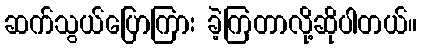
ဆက်သွယ်ပြောကြား ခဲ့ကြတာလို့ဆိုပါတယ်။